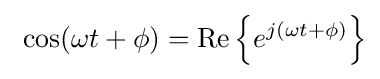
\ \cos(\omega t+\phi )=\operatorname {Re} {\Big \{}e^{j(\omega t+\phi )}{\Big \}}